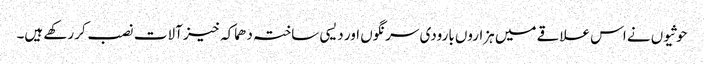
حوثیوں نے اس علاقے میں ہزاروں بارودی سرنگوں اور دیسی ساختہ دھماکہ خیز آلات نصب کر رکھے ہیں۔